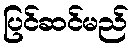
ပြင်ဆင်မည်